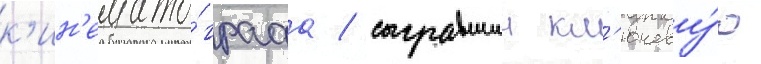
к'ин'емато́графа / сыгравшии кл'ючеву́ю